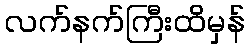
လက်နက်ကြီးထိမှန်